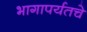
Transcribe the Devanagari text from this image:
भागापर्यतचे